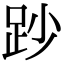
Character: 䟞